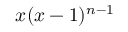
x ( x - 1 ) ^ { n - 1 }